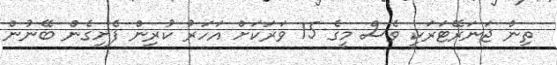
ތިން ޖަނަރޭޓަރަކީ ވެސް މީގެ 15 ވަރަކަށް އަހަރު ކުރިން ފެށިގެން ބޭނުން